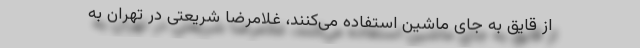
از قایق به جای ماشین استفاده می‌‌کنند، غلامرضا شریعتی در تهران به